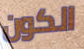
الكون